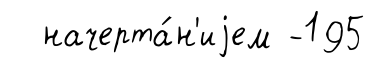
начерта́н'иjем -195